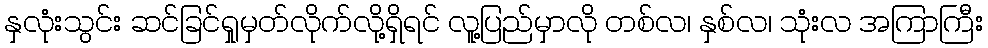
နှလုံးသွင်း ဆင်ခြင်ရှုမှတ်လိုက်လို့ရှိရင် လူ့ပြည်မှာလို တစ်လ၊ နှစ်လ၊ သုံးလ အကြာကြီး